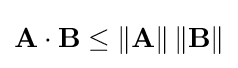
\mathbf {A} \cdot \mathbf {B} \leq \left\|\mathbf {A} \right\|\left\|\mathbf {B} \right\|